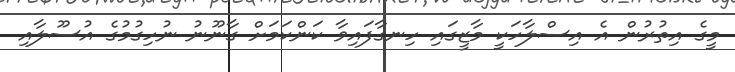
މީގެ އިތުރުން އެ އިސްލާހަކީ މާޒީގައި ހިނގާފައިވާ ކަންކަމަށް ގާނޫނު ނުހިގުމުގެ އުސޫލާއި